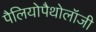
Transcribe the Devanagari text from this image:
पैलियोपैथोलॉजी